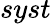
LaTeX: syst